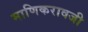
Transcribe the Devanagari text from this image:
माणिकरावजी